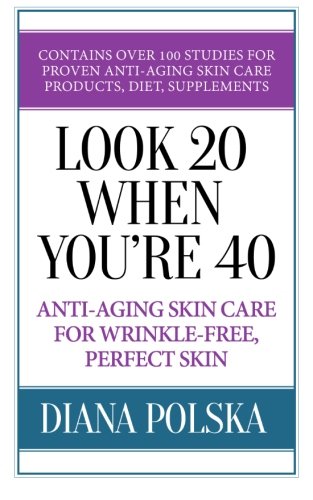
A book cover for Look 20 When You're 40: Anti-Aging Skin Care For Wrinkle-Free Flawless Skin; Diana Polska; Health, Fitness & Dieting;